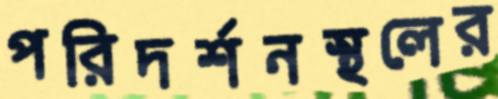
পরিদর্শনস্থলের